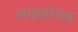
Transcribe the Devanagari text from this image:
लाडवांच्या